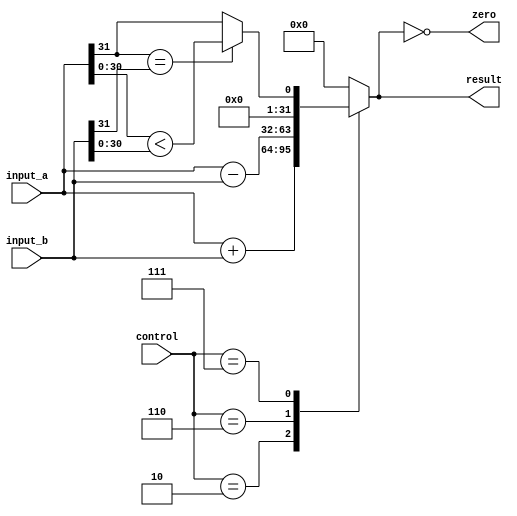
/*
 * Mark Mossberg
 * 12/5/2014
 * EECE 3324
 *
 * alu.v -- alu module
 */

module alu (control, input_a, input_b, result, zero);

input [3:0] control;
input [31:0] input_a, input_b;
output zero;
output reg [31:0] result;

assign zero = (result == 0);

always @(control or input_a or input_b)
begin
    case (control)
        4'b0010: result <= input_a + input_b;
        4'b0110: result <= input_a - input_b;
        4'b0111: // slt
            begin
                if (input_a[31] == input_b[31])
                    /* if MSBs are same, do normal comparison on data bits */
                    result <= input_a[30:0] < input_b[30:0];
                else
                    /* if MSBs are different, and input_a's MSB is set, it is less */
                    result <= input_a[31];
            end
        default: result <= 0;
    endcase
end

endmodule